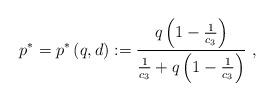
LaTeX: \begin{align*}p^{\ast}=p^{\ast}\left( q,d\right) :=\frac{q\left( 1-\frac{1}{c_{3}}\right) }{\frac{1}{c_{3}}+q\left( 1-\frac{1}{c_{3}}\right) }\ , \end{align*}